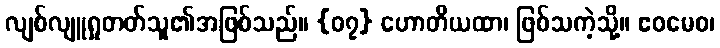
လျစ်လျူရှုတတ်သူ၏အဖြစ်သည်။ {၀၇} ဟောတိယထာ၊ ဖြစ်သကဲ့သို့။ ဧဝမေဝ၊